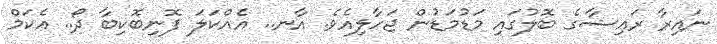
ނައިރާ ރައިޝާގެ ބޮލުގައި މަޑުމަޑުން ޖަހާލިއެވެ. އާނ.. އެއްކަލަ ފޮނިބޮކިބާ ދޯ.. އެކަމް